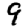
Digit: 9